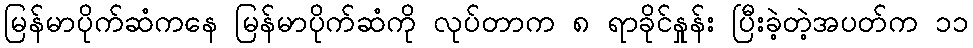
မြန်မာပိုက်ဆံကနေ မြန်မာပိုက်ဆံကို လုပ်တာက ၈ ရာခိုင်နှုန်း ပြီးခဲ့တဲ့အပတ်က ၁၁